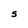
Character: S